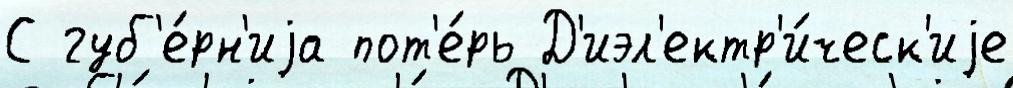
С губ'е́рн'иjа пот'е́рь Д'иэл'ектр'и́ческ'иjе